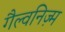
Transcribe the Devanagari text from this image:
गैल्वनिज़्म